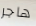
هاجر